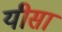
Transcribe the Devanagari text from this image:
यीसा